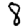
Digit: 8